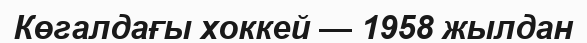
Көгалдағы хоккей — 1958 жылдан